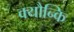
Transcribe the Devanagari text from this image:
क्यौन्कि